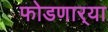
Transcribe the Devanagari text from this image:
फोडणार्‍या